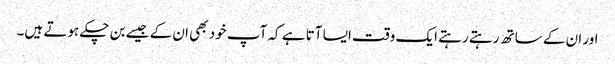
اور ان کے ساتھ رہتے رہتے ایک وقت ایسا آتا ہے کہ آپ خود بھی ان کے جیسے بن چکے ہوتے ہیں۔